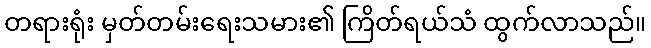
တရားရုံး မှတ်တမ်းရေးသမား၏ ကြိတ်ရယ်သံ ထွက်လာသည်။